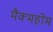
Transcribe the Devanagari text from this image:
मैक्महोम